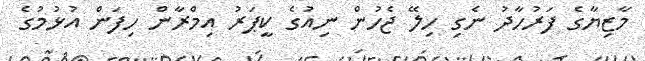
މާޒިޔާގެ ފަރުހާދު ނެގި ހިލޭ ޖެހުން ނިއުގެ ކީޕަރު އިމްރާން ހިފަން އުޅުމުގެ